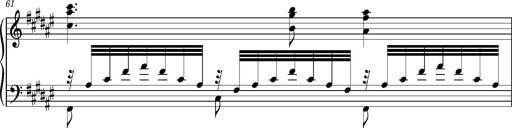
Title: Cavatine de Robert le Diable
Composer: Franz Liszt
Key: F-sharp minor